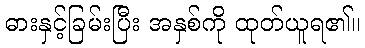
ဓားနှင့်ခြမ်းပြီး အနှစ်ကို ထုတ်ယူရ၏။